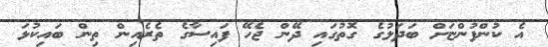
އެ ކުންފުންޏަށް ބަދަލުގެ ގޮތުގައި ދޭން ޖެހޭ ފައިސާގެ ތެރެއިން ތިން ބައިކުޅަ